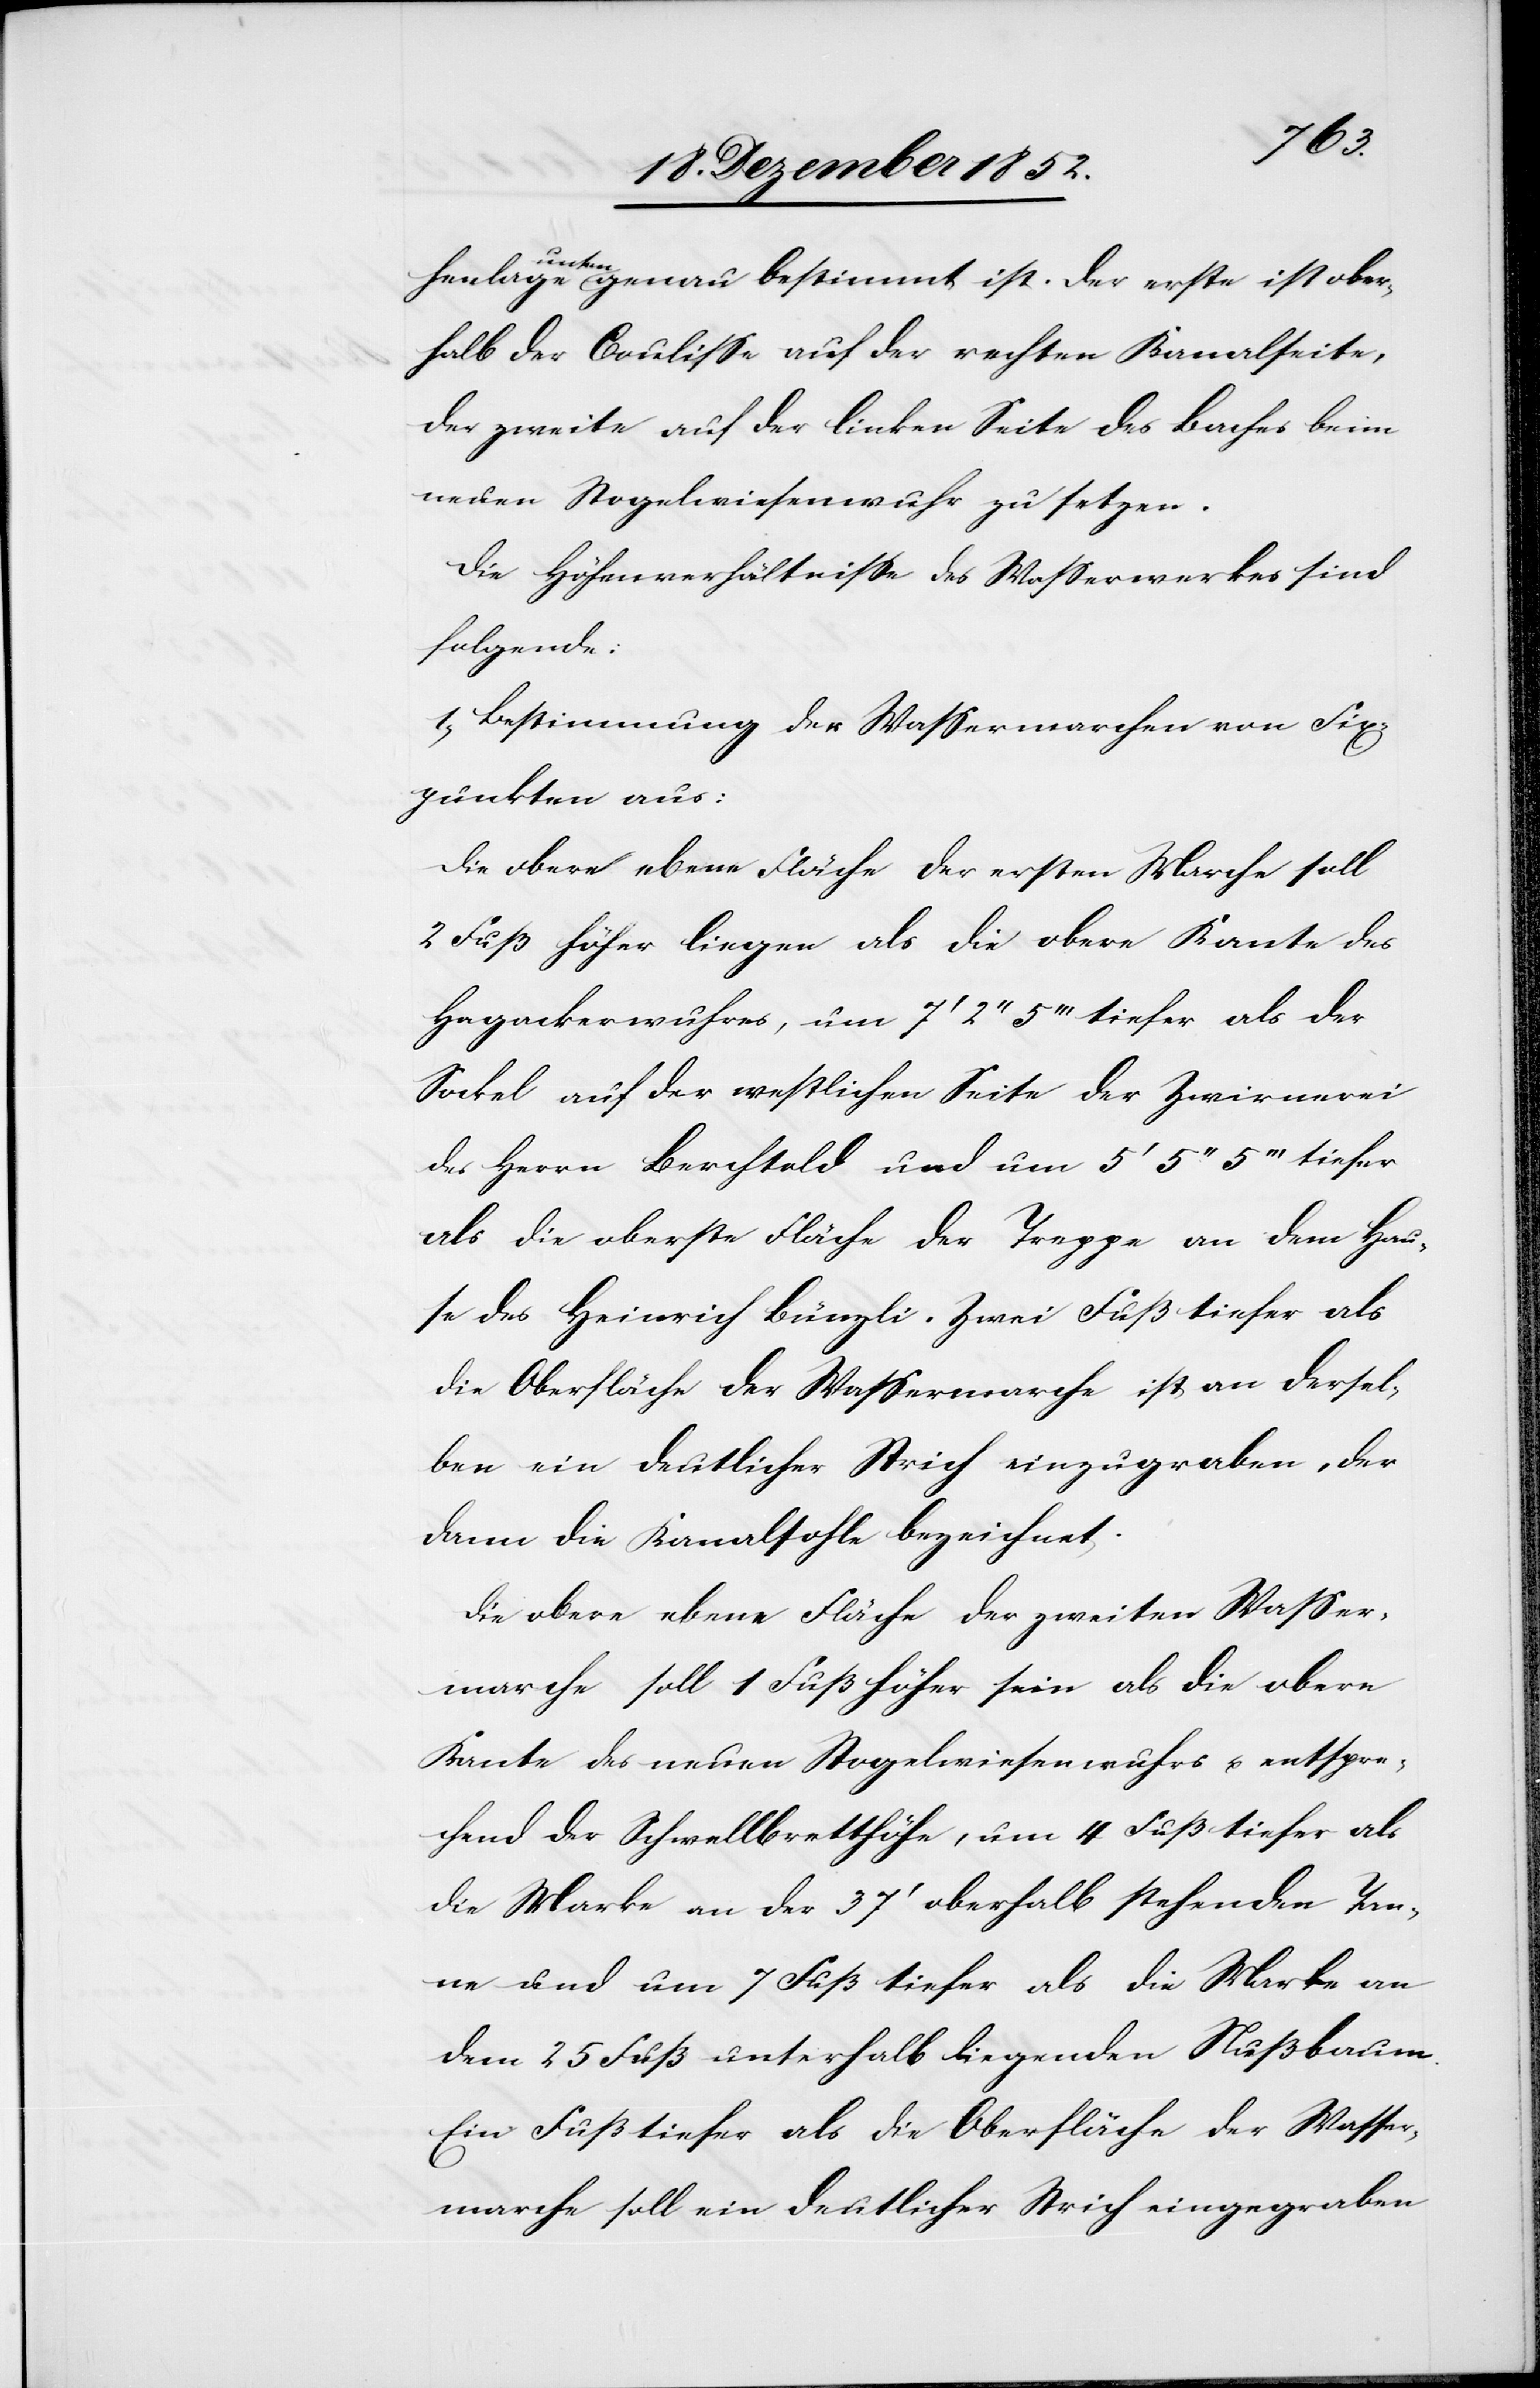
henlage unten genau bestimmt ist. Der erste ist ober¬
halb der Coulisse auf der rechten Kanalseite,
der zweite auf der linken Seite des Baches beim
neuen Stogelwiesenwuhr zu setzen.
Die Höhenverhältnisse des Wasserwerkes sind
folgende:
1, Bestimmung der Wassermarchen von Fix¬
punkten aus:
Die obere ebene Fläche der ersten Marche soll
2 Fuß höher liegen als die obere Kante des
Hagackerwuhres, um 7‘ 2‘‘ 5‘‘‘ tiefer als der
Sockel auf der westlichen Seite der Zwirnerei
des Herrn Berchtold und um 5‘ 5‘‘ 5‘‘‘ tiefer
als die oberste Fläche der Treppe an dem Hau¬
se des Heinrich Bünzli. Zwei Fuß tiefer als
die Oberfläche der Wassermarche ist an dersel¬
ben ein deutlicher Strich einzugraben, der
dann die Kanalsohle bezeichnet.
Die obere ebene Fläche der zweiten Wasser¬
marche soll 1 Fuß höher sein als die obere
Kante des neuen Stogelwiesenwuhrs u. entspre¬
chend der Schwellbretthöhe, um 4 Fuß tiefer als
die Marke an der 37‘ oberhalb stehenden Tan¬
ne und um 7 Fuß tiefer als die Marke an
dem 25 Fuß unterhalb liegenden Nußbaum.
Ein Fuß tiefer als die Oberfläche der Wasser¬
marche soll ein deutlicher Strich eingegraben